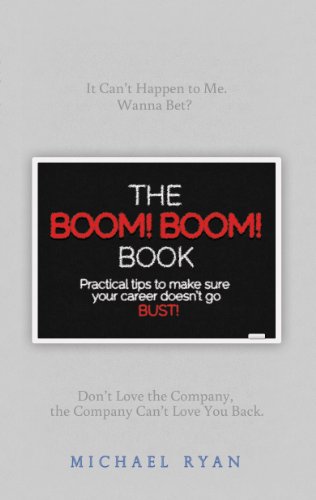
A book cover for The BOOM! BOOM! Book; Michael Ryan; Business & Money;